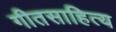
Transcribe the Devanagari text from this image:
गीतसाहित्य